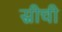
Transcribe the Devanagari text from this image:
स्रीची